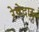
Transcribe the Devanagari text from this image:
रेषेदार